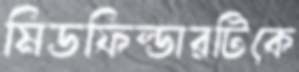
মিডফিল্ডারটিকে